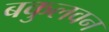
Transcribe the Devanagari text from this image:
बकुलवन